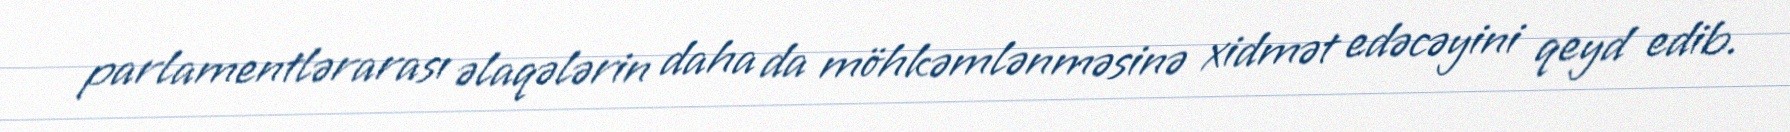
parlamentlərarası əlaqələrin daha da möhkəmlənməsinə xidmət edəcəyini qeyd edib.